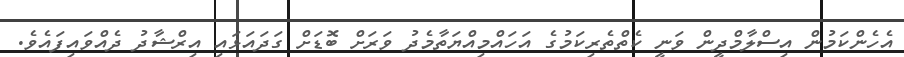
އެހެންކަމުން އިސްލާމްދީން ވަނީ ކެތްތެރިކަމުގެ އަހައްމިއްޔަތާމެދު ވަރަށް ބޮޑަށް ގަދައަޅައި އިރްޝާދު ދެއްވައިފައެވެ.